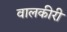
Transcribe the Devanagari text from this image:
वालकीरी